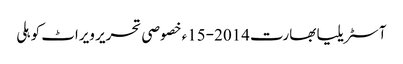
آسٹریلیا بھارت 2014-15ء خصوصی تحریر ویراٹ کوہلی